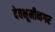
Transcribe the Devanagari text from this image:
देवभूमीनगर